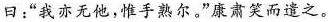
曰：”我亦无他，惟手熟尔。”康肃笑而遣之。